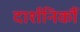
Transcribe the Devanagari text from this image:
दार्शनिकौं